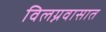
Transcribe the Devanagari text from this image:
विलग्नवासात